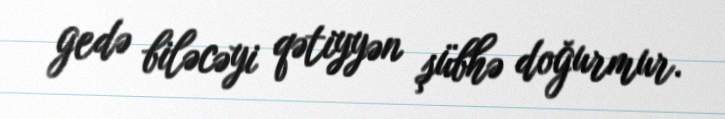
gedə biləcəyi qətiyyən şübhə doğurmur.